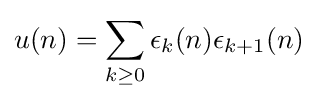
u(n)=\sum _{k\geq 0}\epsilon _{k}(n)\epsilon _{k+1}(n)